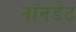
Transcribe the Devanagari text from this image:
नॉनडेट